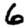
Digit: 6